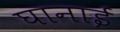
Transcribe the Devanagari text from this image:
घानाई